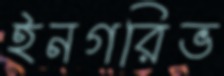
ইনগরিভ